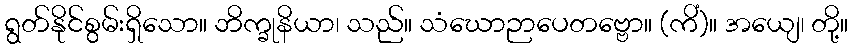
ရွတ်နိုင်စွမ်းရှိသော။ ဘိက္ခုနိယာ၊ သည်။ သံဃောဉာပေတဗ္ဗော။ (ကိံ)။ အယျေ၊ တို့။